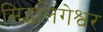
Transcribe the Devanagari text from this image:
सिद्धलिंगेश्वर